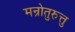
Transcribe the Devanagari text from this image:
मन्रोतुरुत्तु